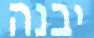
יבנה